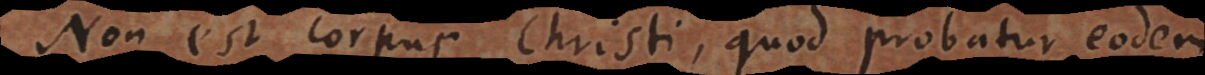
Non est corpus Christi, quod probatur eodem